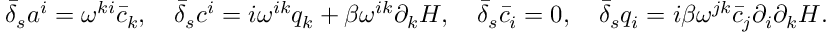
\nonumber \bar { \delta } _ { s } a ^ { i } = \omega ^ { k i } \bar { c } _ { k } , \quad \bar { \delta } _ { s } c ^ { i } = i \omega ^ { i k } q _ { k } + \beta \omega ^ { i k } \partial _ { k } H , \quad \bar { \delta } _ { s } \bar { c } _ { i } = 0 , \quad \bar { \delta } _ { s } q _ { i } = i \beta \omega ^ { j k } \bar { c } _ { j } \partial _ { i } \partial _ { k } H .